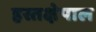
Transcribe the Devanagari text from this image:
हस्तक्षेपाल